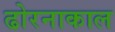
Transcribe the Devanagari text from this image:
ढोरनाकाल